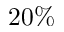
2 0 \%